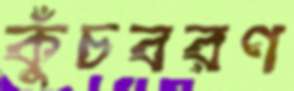
কুঁচবরণ